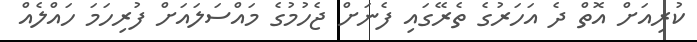
ކުރިއަށް އޮތް ދެ އަހަރުގެ ތެރޭގައި ފެނަށް ޖެހުމުގެ މައްސަލައަށް ފުރިހަމަ ހައްލެއް